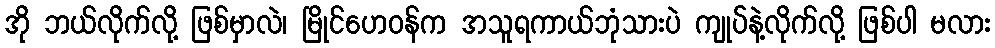
အို ဘယ်လိုက်လို့ ဖြစ်မှာလဲ၊ မြိုင်ဟေဝန်က အသူရကာယ်ဘုံသားပဲ ကျုပ်နဲ့လိုက်လို့ ဖြစ်ပါ မလား